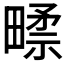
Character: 𰣑